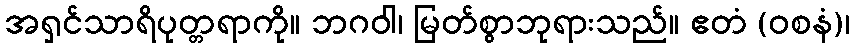
အရှင်သာရိပုတ္တရာကို။ ဘဂဝါ၊ မြတ်စွာဘုရားသည်။ ဧတံ (ဝစနံ)၊